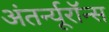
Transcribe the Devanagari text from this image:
अंतर्न्यूरॉन्स